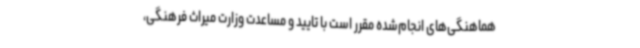
هماهنگی‌های انجام‌شده مقرر است با تایید و مساعدت وزارت میراث فرهنگی،